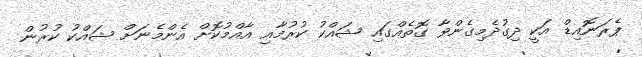
ޕެރަނޮއިޑް އަކީ ދިގުދެމިގެންވާ ގޮތެއްގައި ޝައްކު ކުރުމާއި އާއްމުކޮށް އެންމެނަށް ޝައްކު ކުރުން